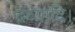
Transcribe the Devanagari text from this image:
द्रव्यादि।